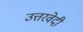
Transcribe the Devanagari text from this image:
उत्तरवेदी